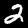
Label: 2